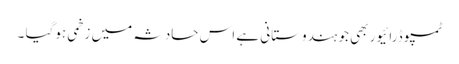
ٹمپو ڈرائیور بھی جو ہندوستانی ہے اس حادثہ میں زخمی ہوگیا ۔